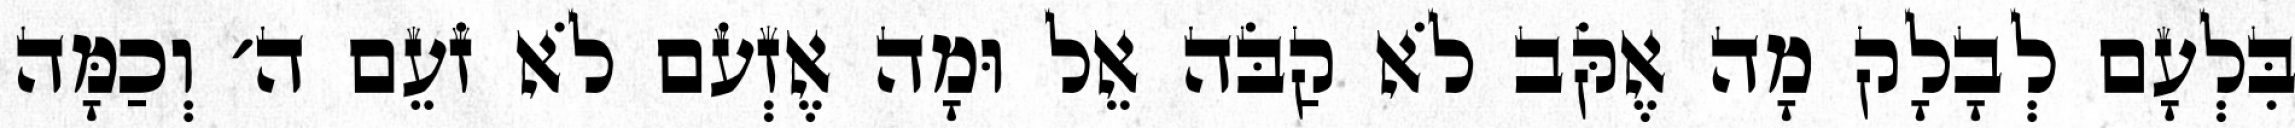
בִּלְעָם לְבָלָק מָה אֶקֹּב לֹא קַבֹּה אֵל וּמָה אֶזְעֹם לֹא זֹעֵם ה׳ וְכַמָּה